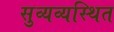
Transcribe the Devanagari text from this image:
सुव्यव्यस्थित